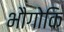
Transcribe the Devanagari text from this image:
भौगोकि